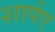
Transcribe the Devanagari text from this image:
शार्पए